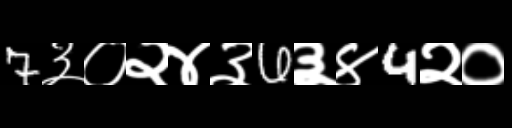
Text: 7३०२४३6३४4२०